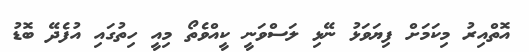
އޮތްއިރު މިކަމަށް ފިޔަވަޅު ނޭޅި ލަސްވަނީ ކީއްވެތޯ މިއީ ހިތުގައި އުފެދޭ ބޮޑު